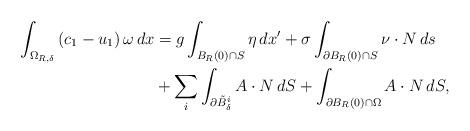
LaTeX: \begin{align*} \int_{\Omega_{R,\delta}} \left( c_1 - u_1 \right) \omega \, dx & = g\int_{B_R(0) \cap S} \eta \, dx' + \sigma \int_{\partial B_R(0) \cap S} \nu \cdot N \, ds \\ & + \sum_i \int_{\partial \tilde B^i_\delta} A \cdot N \, dS + \int_{\partial B_R(0) \cap \Omega} A \cdot N \, dS, \end{align*}